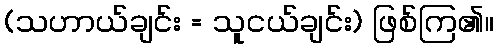
(သဟာယ်ချင်း = သူငယ်ချင်း) ဖြစ်ကြ၏။